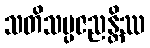
သတိသမ္ပဇညန္တိဿ